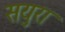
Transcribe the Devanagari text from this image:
सयुरा